Report on vaccination in the Province of Bengal - 1874-1889
Year: 1874
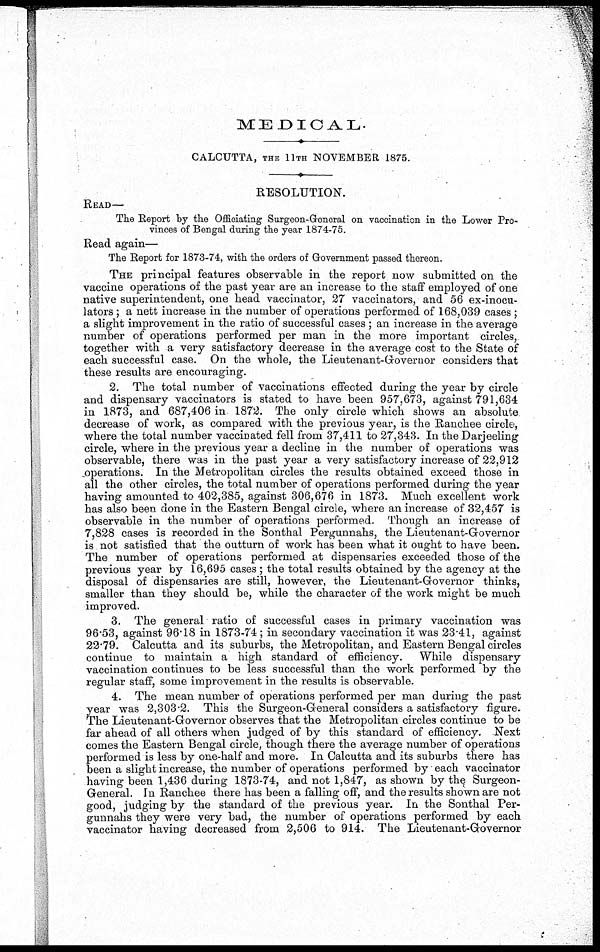
MEDICAL.
CALCUTTA, THE 11TH NOVEMBER 1875.
RESOLUTION.
READ—
The Report by the Officiating Surgeon-General on vaccination in the Lower Pro-
vinces of Bengal during the year 1874-75.
Read again—
The Report for 1873-74, with the orders of Government passed thereon.
THE principal features observable in the report now submitted on the
vaccine operations of the past year are an increase to the staff employed of one
native superintendent, one head vaccinator, 27 vaccinators, and 56 ex-inocu¬
lators ; a nett increase in the number of operations performed of 168,039 cases ;
a slight improvement in the ratio of successful cases ; an increase in the average
number of operations performed per man in the more important circles,
together with a very satisfactory decrease in the average cost to the State of
each successful case. On the whole, the Lieutenant-Governor considers that
these results are encouraging.
2. The total number of vaccinations effected during the year by circle
and dispensary vaccinators is stated to have been 957,673, against 791,634
in 1873, and 687,406 in 1872. The only circle which shows an absolute
decrease of work, as compared with the previous year, is the Ranchee circle,
where the total number vaccinated fell from 37,411 to 27,343. In the Darjeeling
circle, where in the previous year a decline in the number of operations was
observable, there was in the past year a very satisfactory increase of 22,912
operations. In the Metropolitan circles the results obtained exceed those in
all the other circles, the total number of operations performed during the year
having amounted to 402,385, against 306,676 in 1873. Much excellent work
has also been done in the Eastern Bengal circle, where an increase of 32,457 is
observable in the number of operations performed. Though an increase of
7,828 cases is recorded in the Sonthal Pergunnahs, the Lieutenant-Governor
is not satisfied that the outturn of work has been what it ought to have been.
The number of operations performed at dispensaries exceeded those of the
previous year by 16,695 cases ; the total results obtained by the agency at the
disposal of dispensaries are still, however, the Lieutenant-Governor thinks,
smaller than they should be, while the character of the work might be much
improved.
3. The general ratio of successful cases in primary vaccination was
96.53, against 96.18 in 1873-74 ; in secondary vaccination it was 23.41, against
22.79. Calcutta and its suburbs, the Metropolitan, and Eastern Bengal circles
continue to maintain a high standard of efficiency.
While dispensary
vaccination continues to be less successful than the work performed by the
regular staff, some improvement in the results is observable.
4. The mean number of operations performed per man during the past
year was 2,303.2. This the Surgeon-General considers a satisfactory figure.
The Lieutenant-Governor observes that the Metropolitan circles continue to be
far ahead of all others when judged of by this standard of efficiency. Next
comes the Eastern Bengal circle, though there the average number of operations
performed is less by one-half and more. In Calcutta and its suburbs there has
been a slight increase, the number of operations performed by each vaccinator
having been 1,436 during 1873-74, and not 1,847, as shown by the. Surgeon-
General. In Ranchee there has been a falling off, and the results shown are not
good, judging by the standard of the previous year. In the Sonthal Per-
gunnahs they were very bad, the number of operations performed by each
vaccinator having decreased from 2,506 to 914. The Lieutenant-Governor